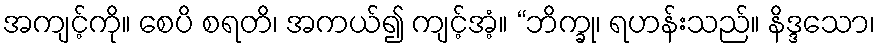
အကျင့်ကို။ စေပိ စရတိ၊ အကယ်၍ ကျင့်အံ့။ “ဘိက္ခု၊ ရဟန်းသည်။ နိဒ္ဒသော၊